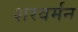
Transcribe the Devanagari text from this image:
शरवर्मन